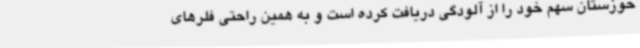
خوزستان سهم خود را از آلودگی‌ دریافت کرده است و به همین راحتی فلرهای